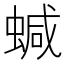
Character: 𧍧